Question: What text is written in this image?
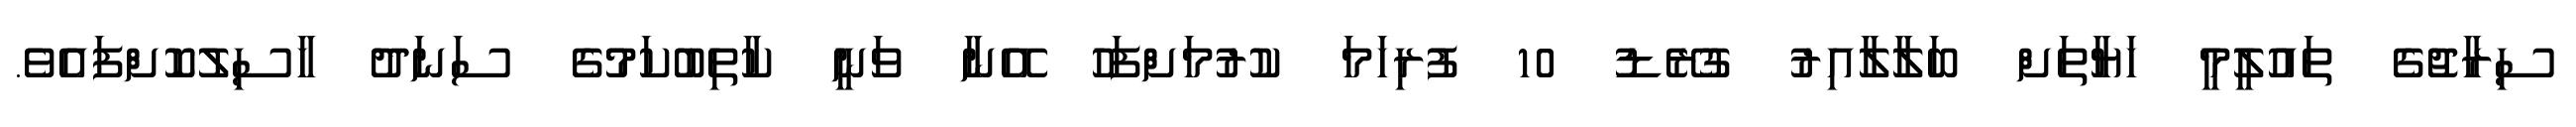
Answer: ސިރާޖުގެ ތައުލީމީ ހަޔާތަށް ބަލާލާއިރު ގުރޭޑު 10 ފުރިހަމަ ކުރުމަށްފަހު އޭނާ ވަނީ ކާތިބުކަމުގެ ސަނަދު ހާސިލުކޮށްފައެވެ.